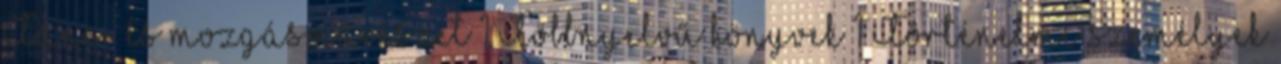
Tánc- és mozgásművészet 1 Többnyelvű könyvek 1 Történelmi személyek